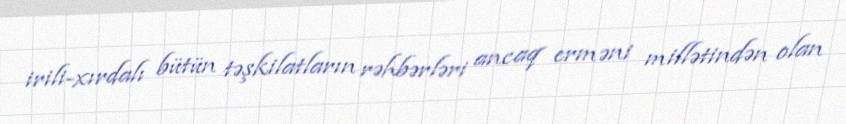
irili-xırdalı bütün təşkilatların rəhbərləri ancaq erməni millətindən olan